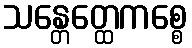
သန္တေတ္ထေကစ္စေ